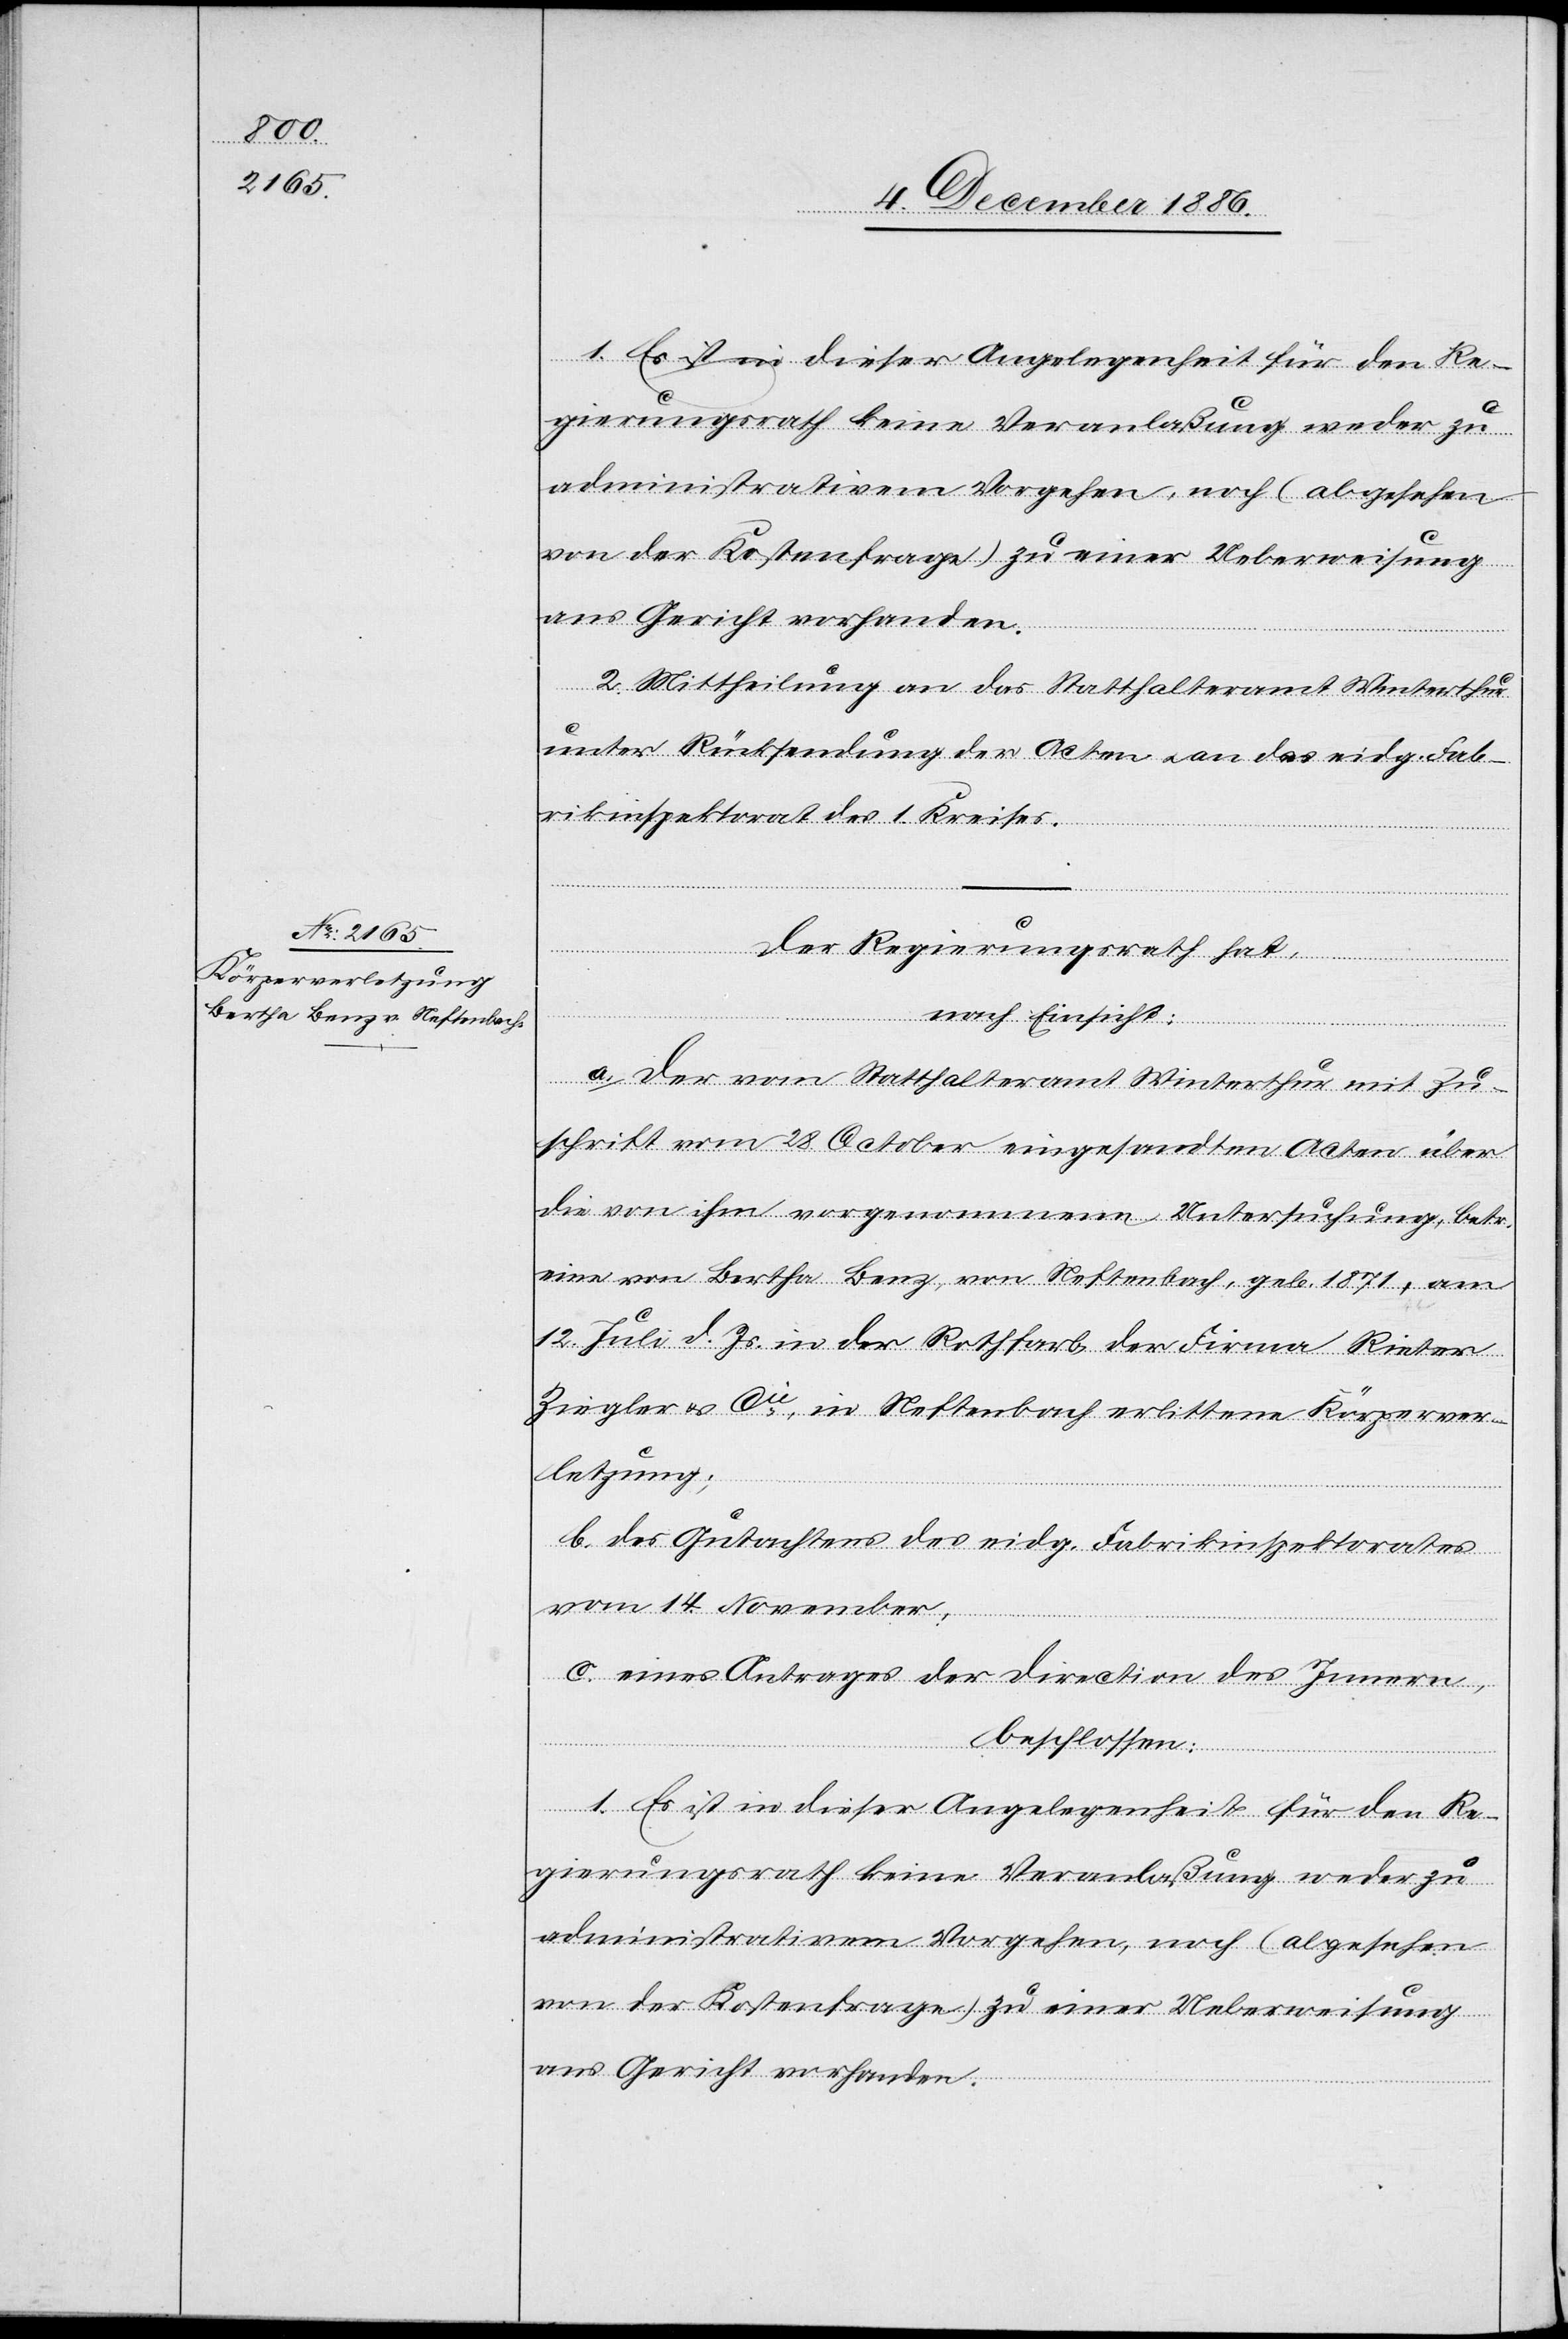
administrativem Vorgehen, noch (abgesehen
von der Kostenfrage) zu einer Ueberweisung
ans Gericht vorhanden.
2. Mittheilung an das Statthalteramt Winterthur
unter Rücksendung der Acten & an das eidg. Fab¬
rikinspektorat des 1. Kreises.
Der Regierungsrath hat,
nach Einsicht:
a. Der vom Statthalteramt Winterthur mit Zu¬
schrift vom 28. October eingesandten Acten über
die von ihm vorgenommene Untersuchung, betr.
eine von Bertha Benz, von Neftenbach, geb. 1871, am
12. Juli d. Js. in der Rothfarb der Firma Rieter
Ziegler & Cie, in Neftenbach erlittene Körperver¬
letzung;
b. des Gutachtens des eidg. Fabrikinspektorates
vom 14. November;
c. eines Antrages der Direction des Innern,
beschlossen:
1. Es ist in dieser Angelegenheit für den Re¬
gierungsrath keine Veranlaßung weder zu